65_HS1-834228961_62-HQ-83894_Section_5
Agency: FBI
Page 162
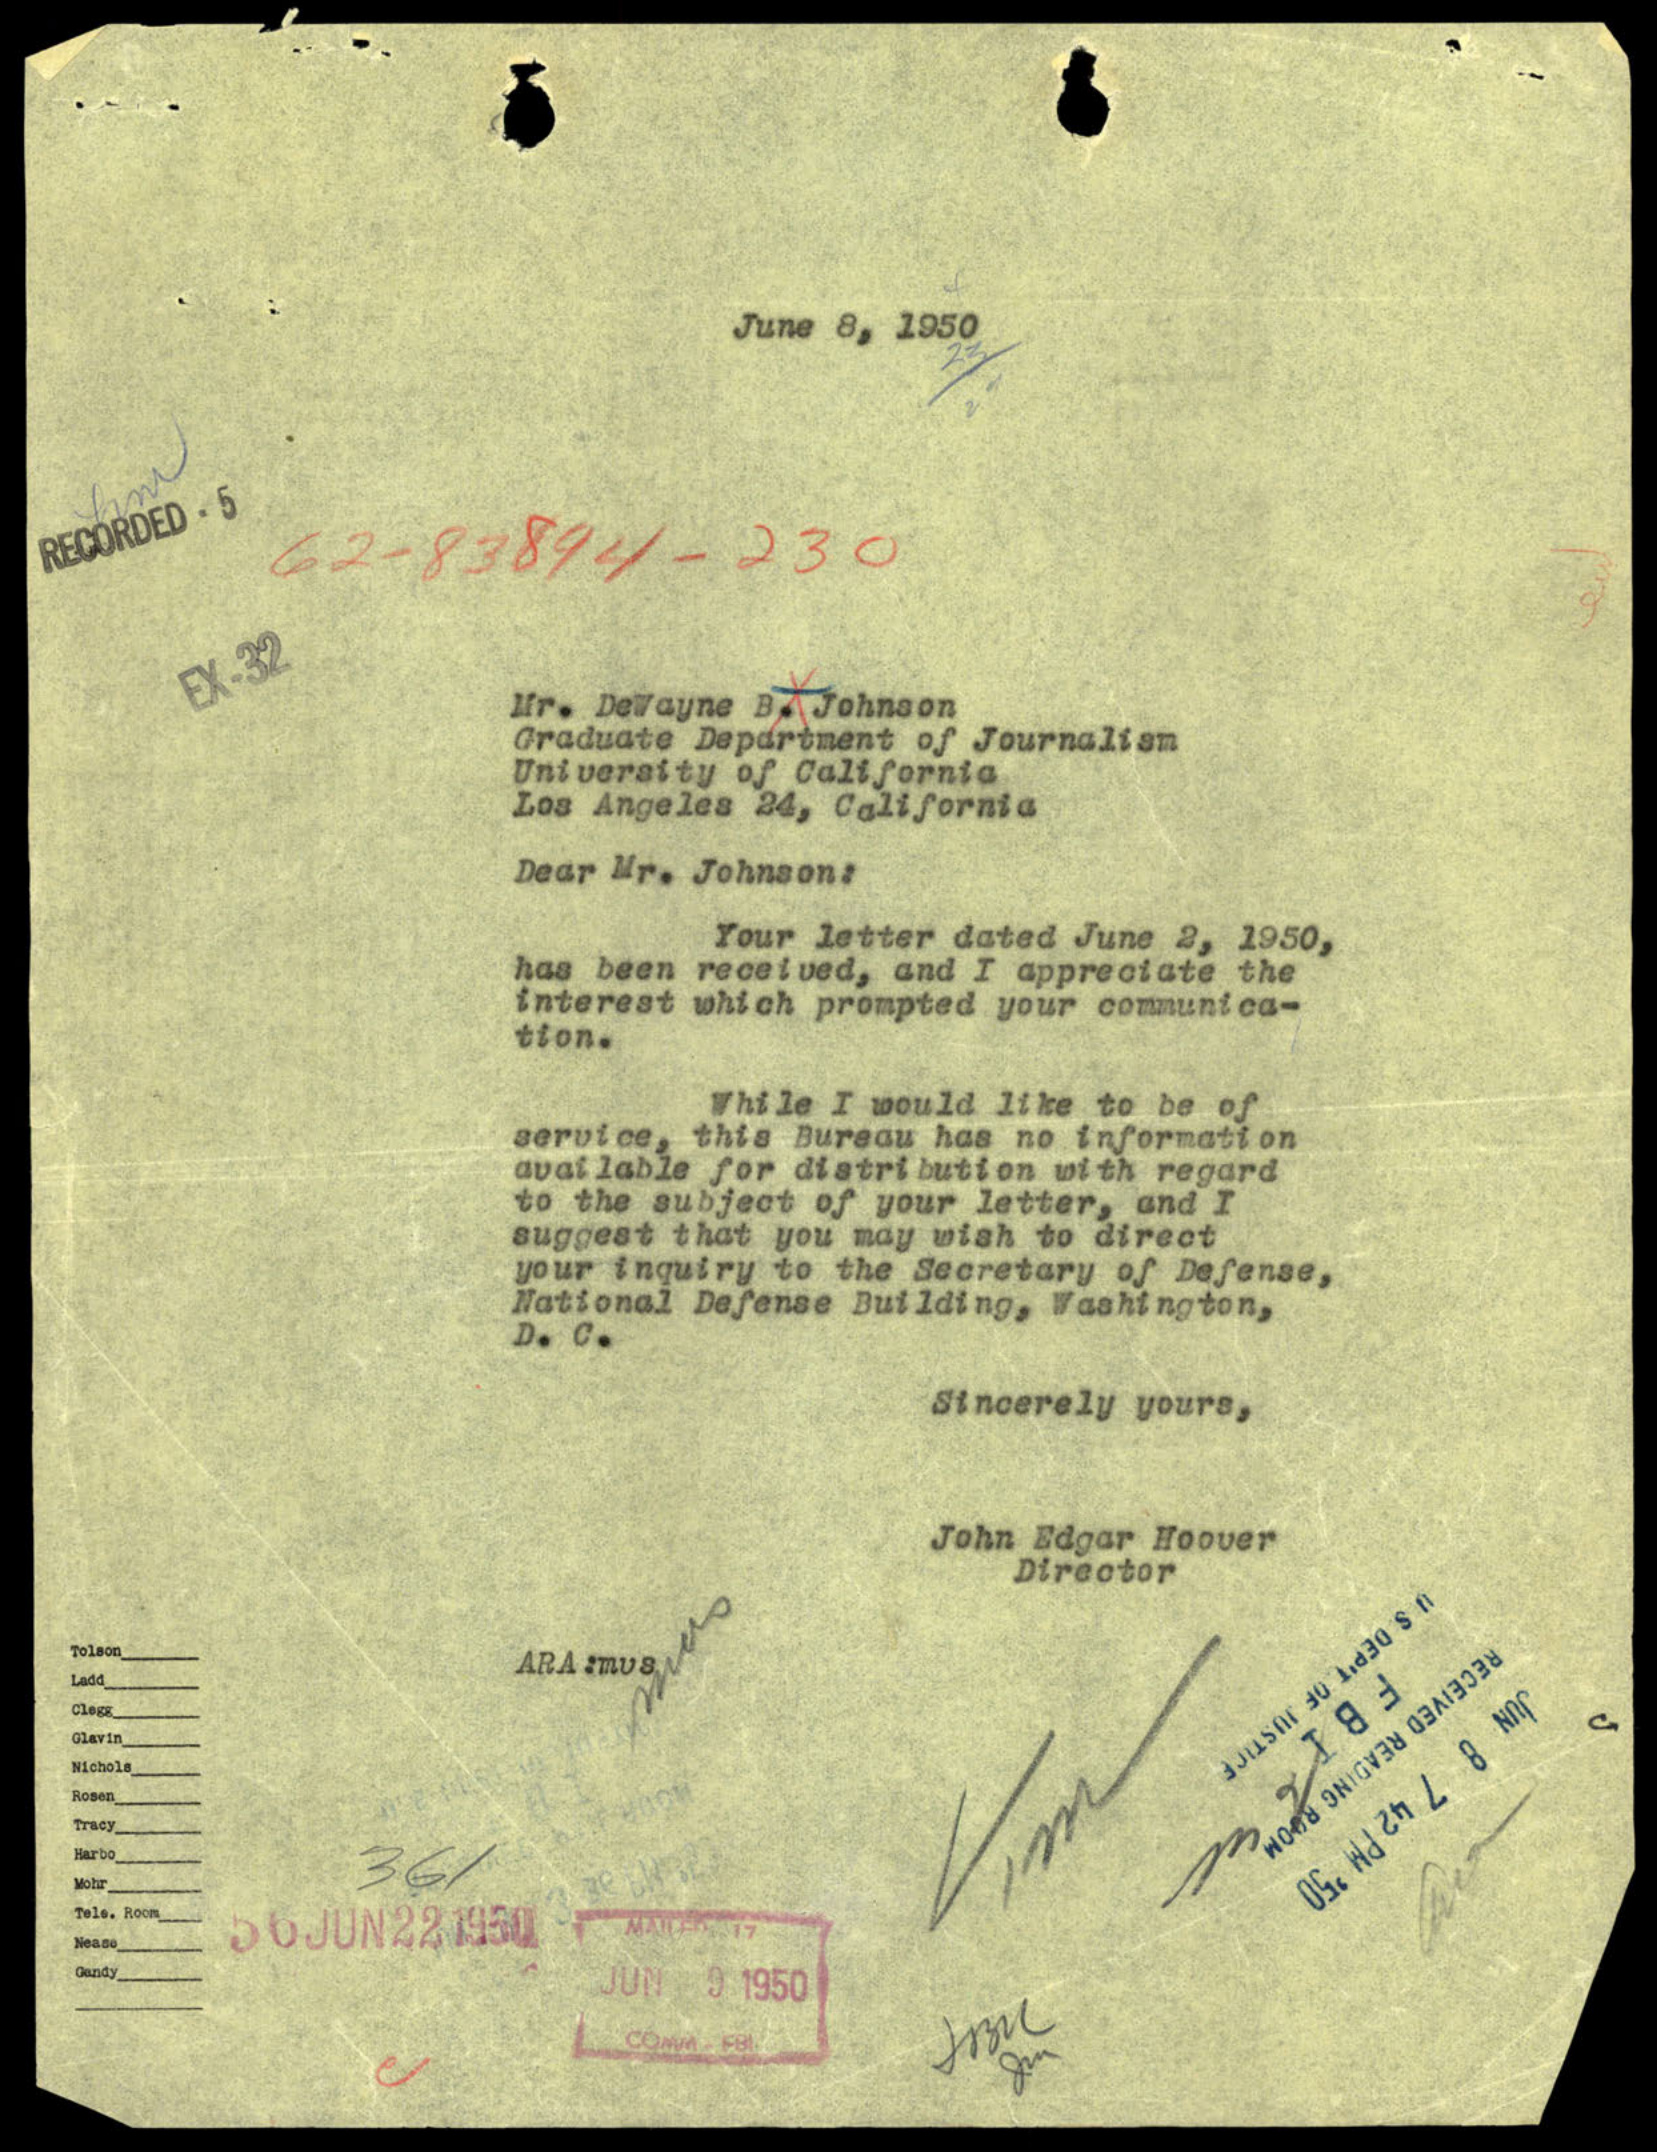